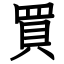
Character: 買